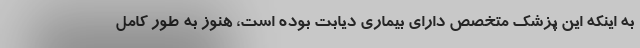
به اینکه این پزشک متخصص دارای بیماری دیابت بوده است، هنوز به طور کامل